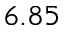
6 . 8 5